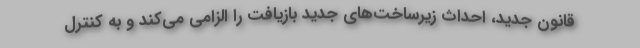
قانون جدید، احداث زیرساخت‌های جدید بازیافت را الزامی می‌کند و به کنترل